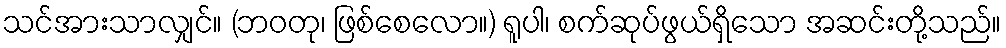
သင်အားသာလျှင်။ (ဘဝတု၊ ဖြစ်စေလော။) ရူပါ၊ စက်ဆုပ်ဖွယ်ရှိသော အဆင်းတို့သည်။